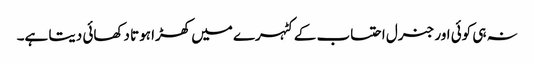
نہ ہی کوئی اور جنرل احتساب کے کٹہرے میں کھڑا ہوتا دکھائی دیتا ہے۔